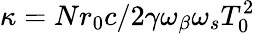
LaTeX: \kappa=Nr_{0}c/2\gamma\omega_{\beta}\omega_{s}T_{0}^{2}